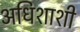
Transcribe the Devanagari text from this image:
अधिशाशी